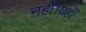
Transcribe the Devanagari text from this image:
नहीं।यहाँ